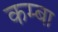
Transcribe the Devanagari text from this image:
कम्बा